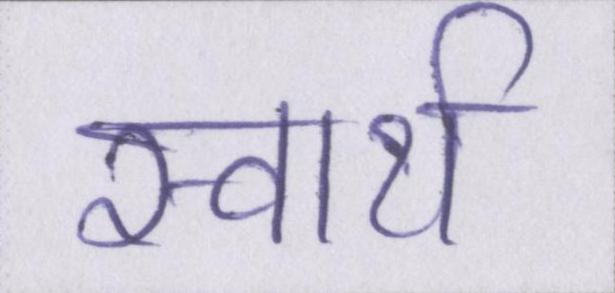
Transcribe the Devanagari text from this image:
स्वार्थ